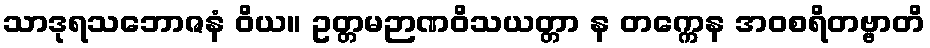
သာဒုရသဘောဇနံ ဝိယ။ ဥတ္တမဉာဏဝိသယတ္တာ န တက္ကေန အဝစရိတဗ္ဗာတိ